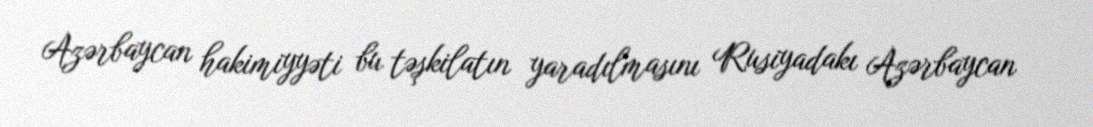
Azərbaycan hakimiyyəti bu təşkilatın yaradılmasını Rusiyadakı Azərbaycan